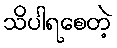
သိပါရစေတဲ့